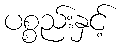
ပစ္စည်းနှင့်